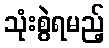
သုံးစွဲရမည့်